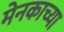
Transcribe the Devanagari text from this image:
मेनकाच्या